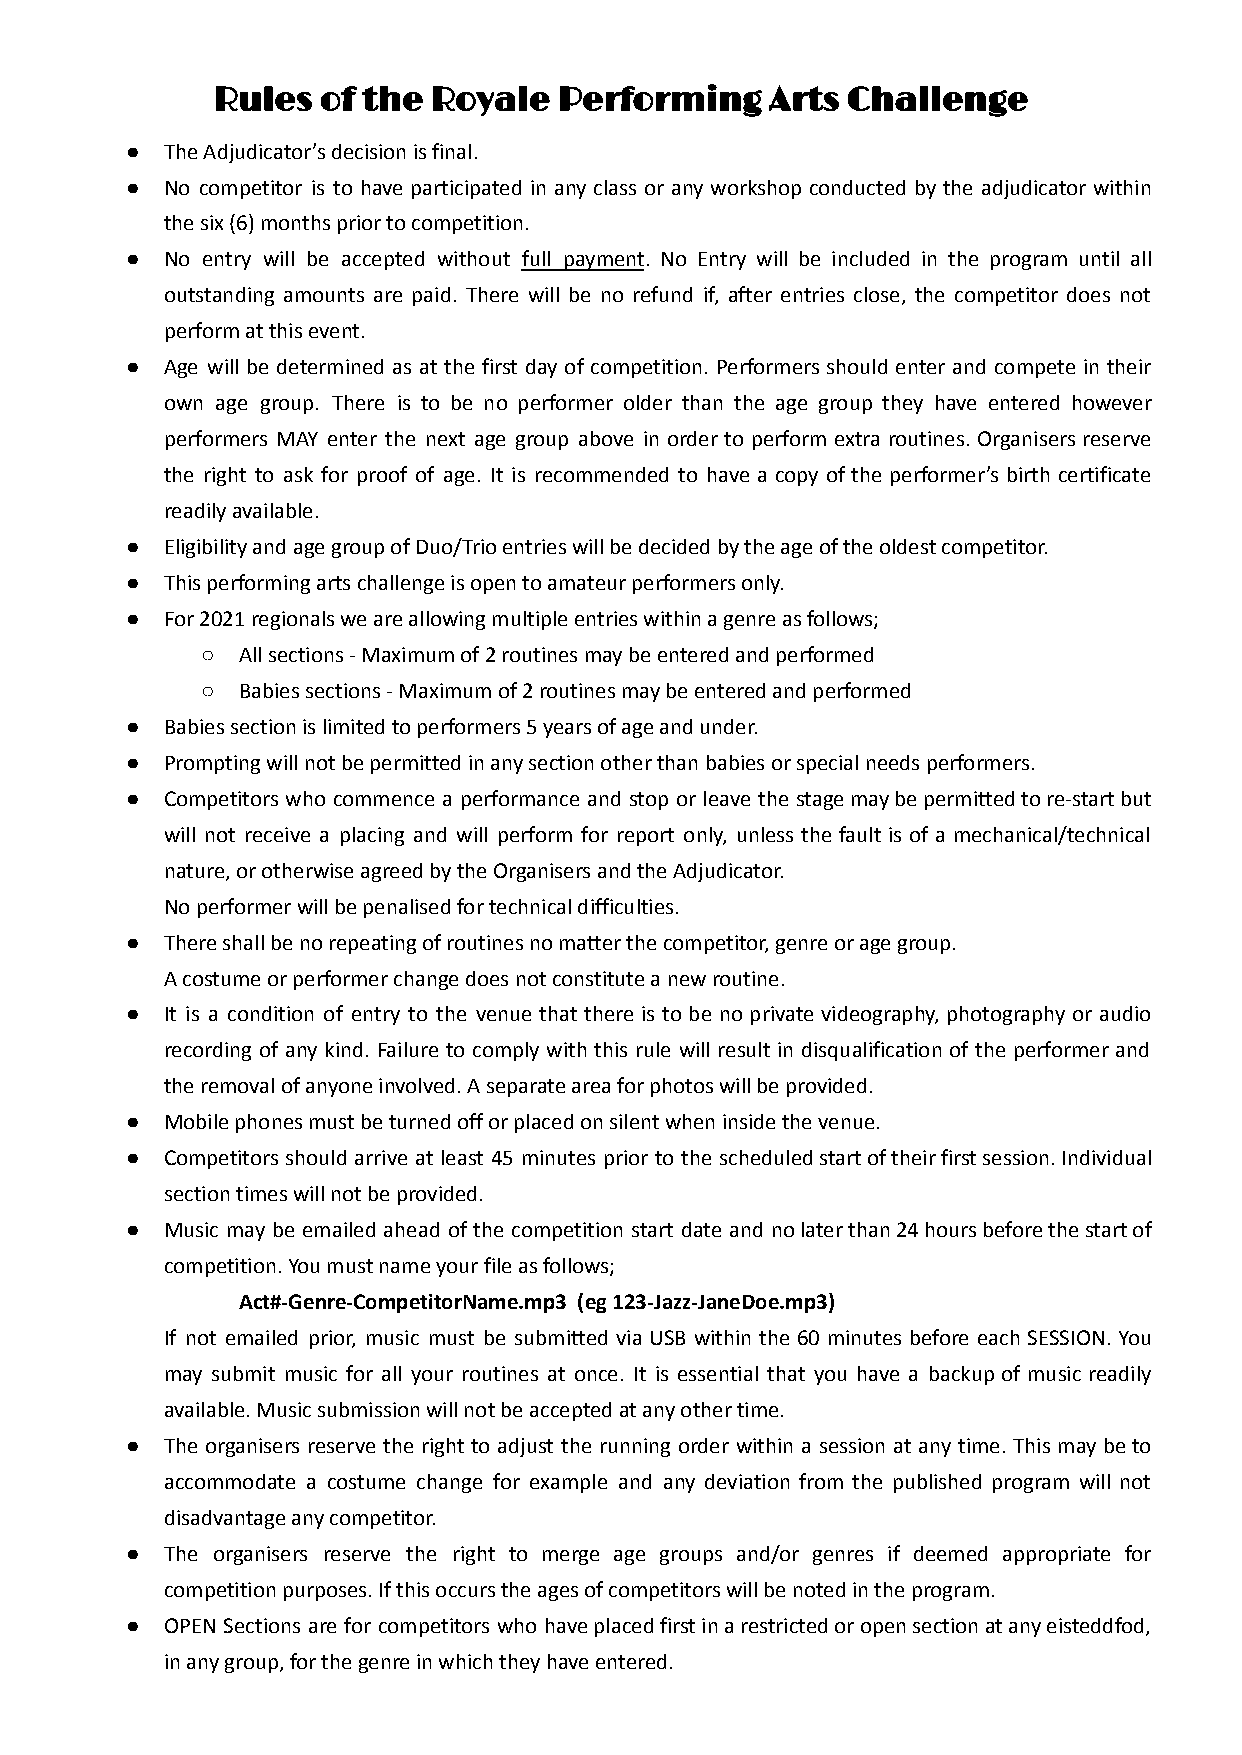
Rules  of the Royale   Performing    Arts Challenge
 ●  The Adjudicator’s decision is final.
 ●  No competitor is to have participated in any class or any workshop conducted by the adjudicator within
 the six (6) months prior to competition.
 ●  No entry will be accepted without full payment. No Entry will be included in the program until all
 outstanding amounts are paid. There will be no refund if, after entries close, the competitor does not
 perform at this event.
 ●  Age will be determined as at the first day of competition. Performers should enter and compete in their
 own age group. There is to be no performer older than the age group they have entered however
 performers MAY enter the next age group above in order to perform extra routines. Organisers reserve
 the right to ask for proof of age. It is recommended to have a copy of the performer’s birth certificate
 readily available.
 ●  Eligibility and age group of Duo/Trio entries will be decided by the age of the oldest competitor.
 ●  This performing arts challenge is open to amateur performers only.
 ●  For 2021 regionals we are allowing multiple entries within a genre as follows;
 ○  All sections - Maximum of 2 routines may be entered and performed
 ○  Babies sections - Maximum of 2 routines may be entered and performed
 ●  Babies section is limited to performers 5 years of age and under.
 ●  Prompting will not be permitted in any section other than babies or special needs performers.
 ●  Competitors who commence a performance and stop or leave the stagemaybepermittedtore-startbut
 will not receive a placing and will perform for report only, unless the fault is of a mechanical/technical
 nature, or otherwise agreed by the Organisers and the Adjudicator.
 No performer will be penalised for technical difficulties.
 ●  There shall be no repeating of routines no matter the competitor, genre or age group.
 A costume or performer change does not constitute a new routine.
 ●  It is a condition of entry to the venue that there is to be no private videography, photography or audio
 recording of any kind. Failure to comply with this rule will result in disqualification of the performer and
 the removal of anyone involved. A separate area for photos will be provided.
 ●  Mobile phones must be turned off or placed on silent when inside the venue.
 ●  Competitors should arrive at least 45 minutes prior to the scheduledstartoftheirfirstsession.Individual
 section times will not be provided.
 ●  Music may be emailed ahead of the competition start date and nolaterthan24hoursbeforethestartof
 competition. You must name your file as follows;
 Act#-Genre-CompetitorName.mp3 (eg 123-Jazz-JaneDoe.mp3)
 If not emailed prior, music must be submitted via USB within the 60 minutes before each SESSION. You
 may submit music for all your routines at once. It is essential that you have a backup of music readily
 available. Music submission will not be accepted at any other time.
 ●  The organisers reserve the right to adjust the running order within a session at any time. This may beto
 accommodate a costume change for example and any deviation from the published program will not
 disadvantage any competitor.
 ●  The organisers reserve the right to merge age groups and/or genres if deemed appropriate for
 competition purposes. If this occurs the ages of competitors will be noted in the program.
 ●  OPEN Sections are for competitors who haveplacedfirstinarestrictedoropensectionatanyeisteddfod,
 in any group, for the genre in which they have entered.